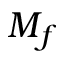
M _ { f }